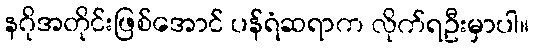
နဂိုအတိုင်းဖြစ်အောင် ပန်ရံဆရာက လိုက်ရဦးမှာပါ။